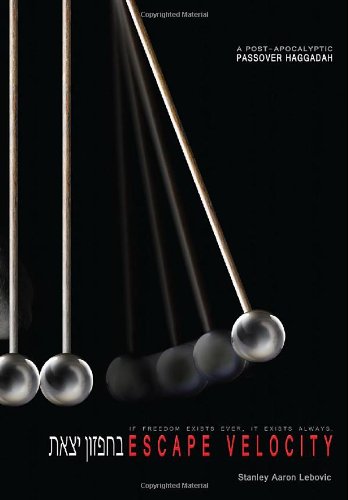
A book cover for Escape Velocity, A Post-Apocalyptic Passover Haggadah; Stanley Aaron Lebovic; Religion & Spirituality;